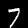
Digit: 7